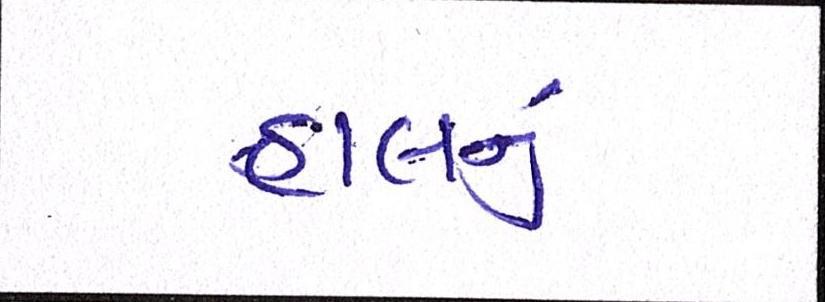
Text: હાલનું